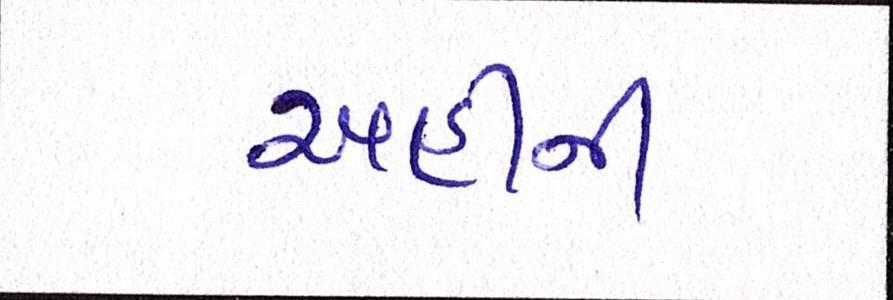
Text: અહીંની